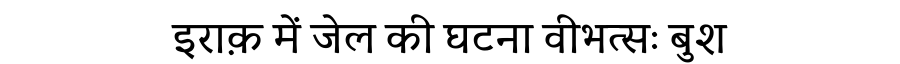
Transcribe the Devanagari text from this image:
इराक़ में जेल की घटना वीभत्सः बुश